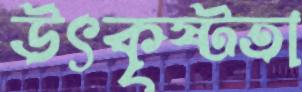
উৎকৃষ্টতা